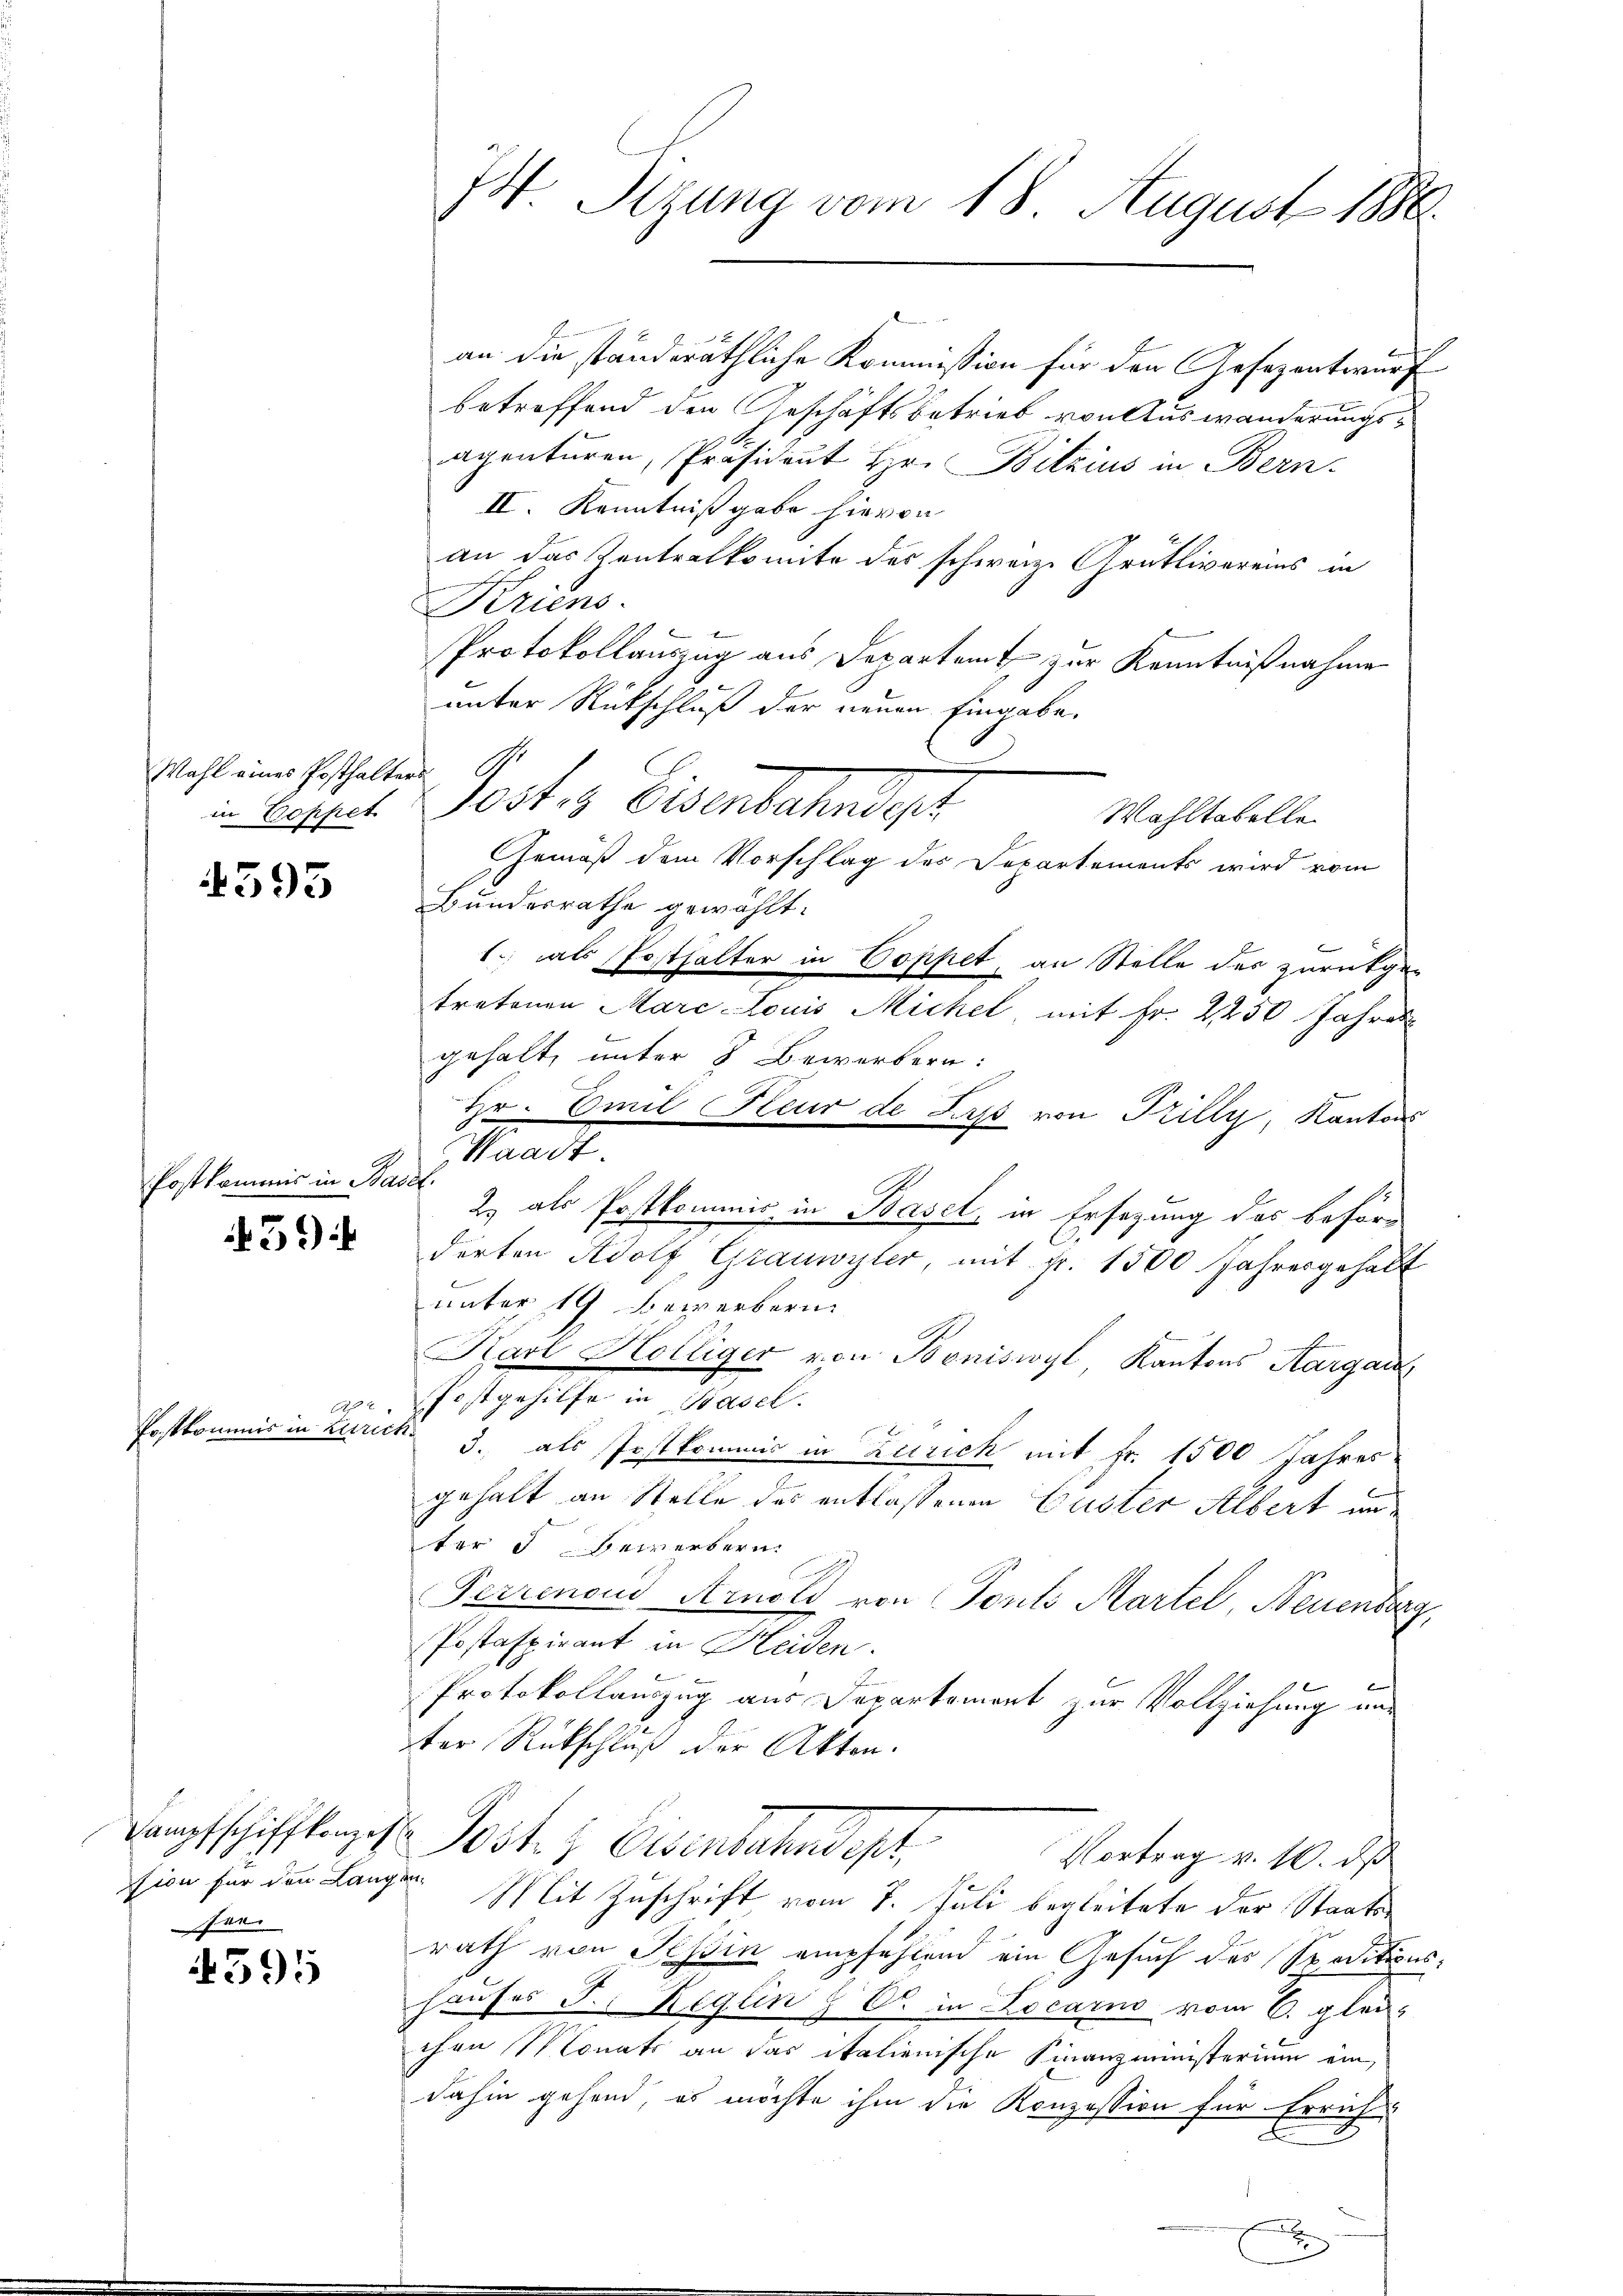
Wahl eines Posthalters G

4393

Postkommis in Basel.

31)

Postkommnis in Zürich.

fer

595

44 Sizung vom 18. August 1888.

an die standeräthliche Kommission für den Gesezentwurf
betreffend den Geschäftsbetrieb von Auswanderungsapenturen, Präsident Hr. Bitzius in Bern.
II. Kenntnißgabe hievon
an das Zentralkomite des schwarze Grütlivereins in
Kriens.
Protokollauszug aus Departent zur Kenntnißnahme
unter Rückschluß der neuen Eingabe.
in Bespect. Postes Eisenbahndet
Wahltabelle
Gemäß dem Vorschlag des Departements wird vom
Bundesrathe gewählt.
1.) als Posthalter in Doppet, an Stelle des zurükgetretenen Marc Louis Michel mit Fr. 2250 Jahres
gehalt, unter 3 Bewerbern:
Hr. Emil Heur de Lips von Tilly, Kantons
2.) als Postkommnis, in Basel, in Ersezung des beförderten Adolf Grauwyler, mit Fr. 1500 Jahresgehalt
unter 19 Bewerbern
Karl Hölliger von Boniswyl, Kantons Aargar
aer Postgehilfe in Basel.
3. als Postkommis in Zürich mit Fr. 1500 Jahres
.
e
gehalt an Stelle des entlassenen Guster Albert anter 3 Bewerbern.
h
Perrenoud Arnold von Tonts Martel, Neuenburg
Postafpirant in Heiden.
Protokollauszug aus Departement zur Vollziehung anter Rückschluß der Akten.
Dampfschifflanzes Post- & Eisenbahndept,
Vortrag v. 10. ds
sion für den Langen Mit Zuschrift vom 7. Juli begleitete der Staatsrath von Tessin empfehlend ein Gesuch des Speditionshauses J. Reglin  Er in Locarno vom 6. gleichen Monats an das italienische Finanzministerium ein,
dahin gehend, es möchte ihm die Konzession für Errich
x

Waadt.